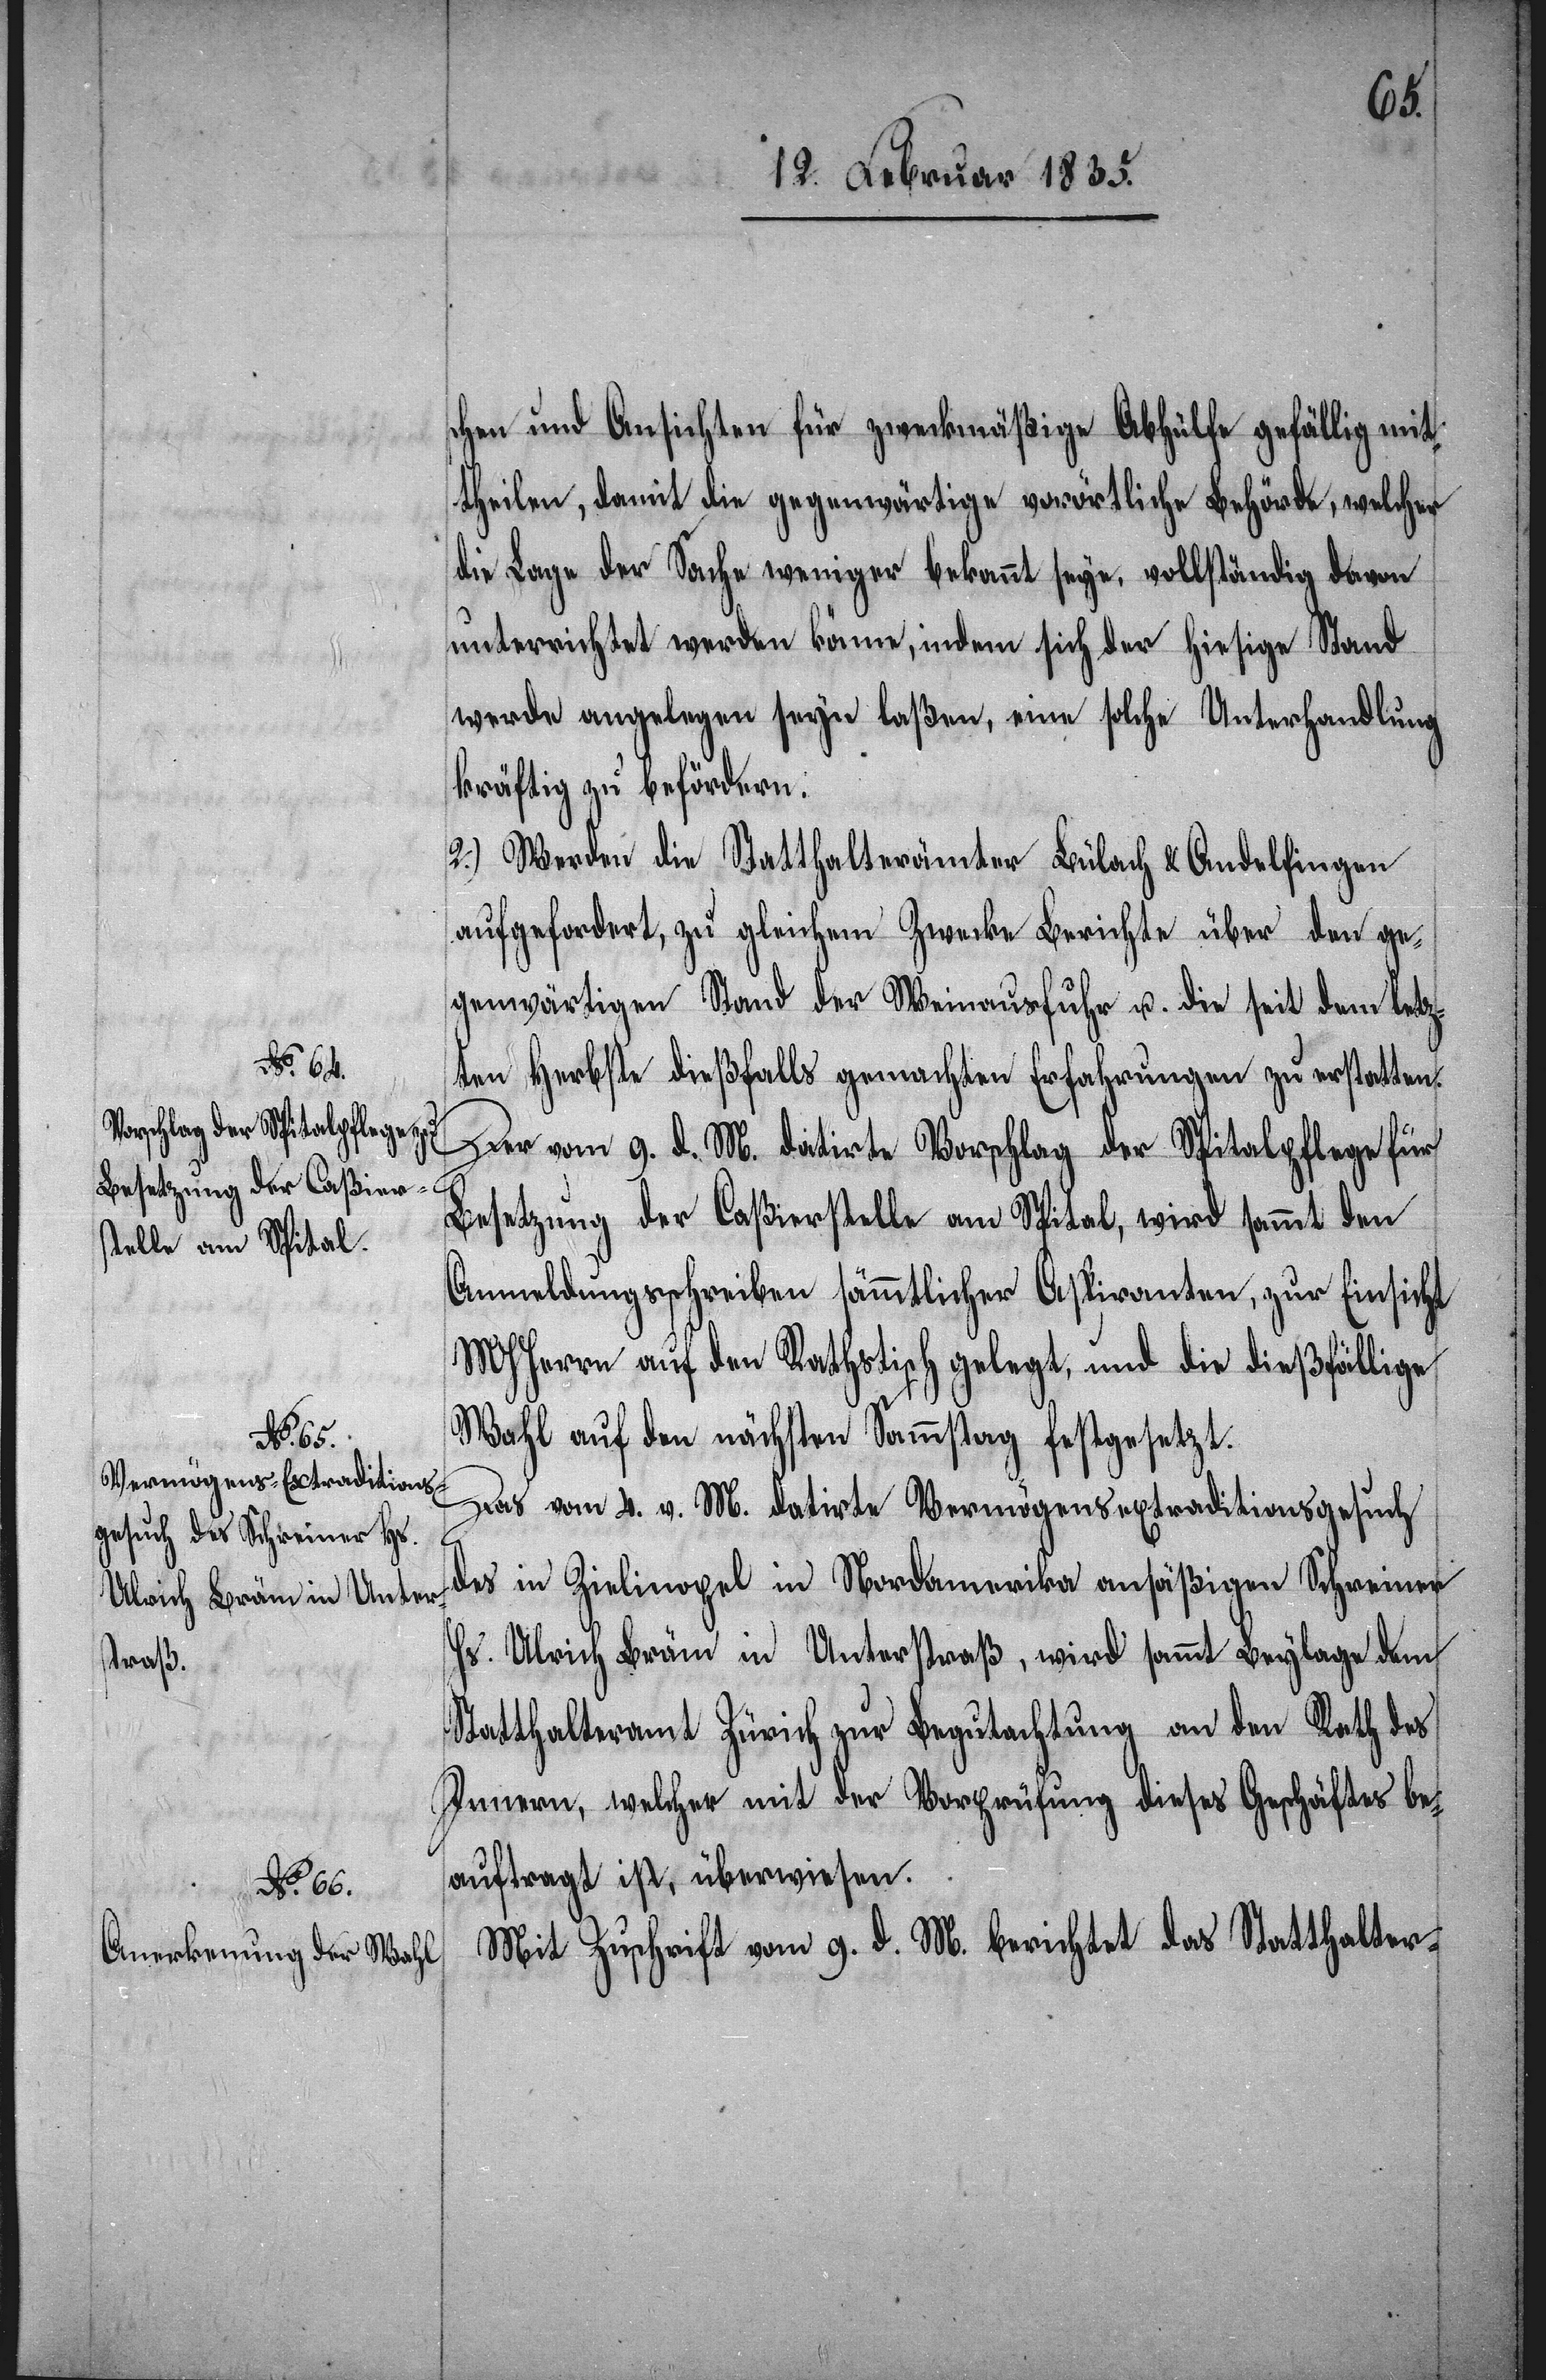
schen und Ansichten für zweckmäßige Abhülfe gefällig mit¬
theilen, damit die gegenwärtige vorörtliche Behörde, welcher
die Lage der Sache weniger bekannt seye, vollständig davon
unterrichtet werden könne, indem sich der hiesige Stand
werde angelegen seyn laßen, eine solche Unterhandlung
kräftig zu befördern.
2.) Werden die Statthalterämter Bülach und Andelfingen
aufgefordert, zu gleichem Zwecke Berichte über den ge¬
genwärtigen Stand der Weinausfuhr u. die seit dem letz¬
ten Herbste dießfalls gemachten Erfahrungen zu erstatten.
Der vom 9. d. M. datirte Vorschlag der Spitalpflege für
Besetzung der Caßierstelle am Spital, wird sammt den
Anmeldungsschreiben sämmtlicher Aspiranten, zur Einsicht
MHHerren auf den Rathstisch gelegt, und die dießfällige
Wahl auf den nächsten Sammstag festgesetzt.
Das vom 4. v. M. datirte Vermögensextraditionsgesuch
des in Zielinopel in Nordamerika ansäßigen Schreiner
Hs. Ulrich Bräm in Unterstraß, wird sammt Beylage dem
Statthalteramt Zürich zur Begutachtung an den Rath des
Innern, welcher mit der Vorprüfung diese Geschäftes be¬
auftragt ist, überwiesen.
Mit Zuschrift vom 9. d. M. berichtet das Statthalter-